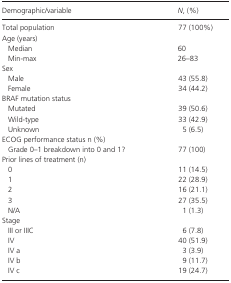
| Demographic/variable | N, (%) |
 | --- | --- |
 | Total population | 77 (100%) |
 | <COLSPAN=2> Age (years) |
 | Median | 60 |
 | Min‐max | 26–83 |
 | <COLSPAN=2> Sex |
 | Male | 43 (55.8) |
 | Female | 34 (44.2) |
 | <COLSPAN=2> BRAF mutation status |
 | Mutated | 39 (50.6) |
 | Wild‐type | 33 (42.9) |
 | Unknown | 5 (6.5) |
 | <COLSPAN=2> ECOG performance status n (%) |
 | Grade 0–1 breakdown into 0 and 1? | 77 (100) |
 | <COLSPAN=2> Prior lines of treatment (n) |
 | 0 | 11 (14.5) |
 | 1 | 22 (28.9) |
 | 2 | 16 (21.1) |
 | 3 | 27 (35.5) |
 | N/A | 1 (1.3) |
 | <COLSPAN=2> Stage |
 | III or IIIC | 6 (7.8) |
 | IV | 40 (51.9) |
 | IV a | 3 (3.9) |
 | IV b | 9 (11.7) |
 | IV c | 19 (24.7) |